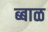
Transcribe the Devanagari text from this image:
ब्बाळ